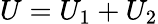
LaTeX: U=U_{1}+U_{2}